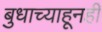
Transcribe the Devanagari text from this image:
बुधाच्याहूनही